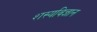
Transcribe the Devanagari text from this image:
शस्यविज्ञान